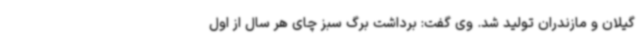
گیلان و مازندران تولید شد. وی گفت: برداشت برگ سبز چای هر سال از اول